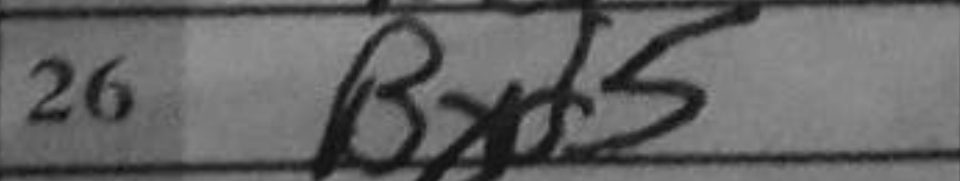
Transcription: Bxf5